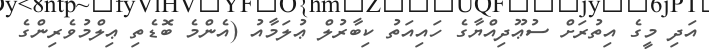
އަދި މީގެ އިތުރަށް ސުޢޫދިއްޔާގެ ހައިއަތު ކިބާރުލް ޢުލަމާއު (އެންމެ ބޮޑެތި ޢިލްމުވެރިންގެ